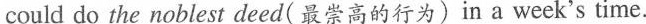
could do the noblest deed(最崇高的行为) in a week's time.